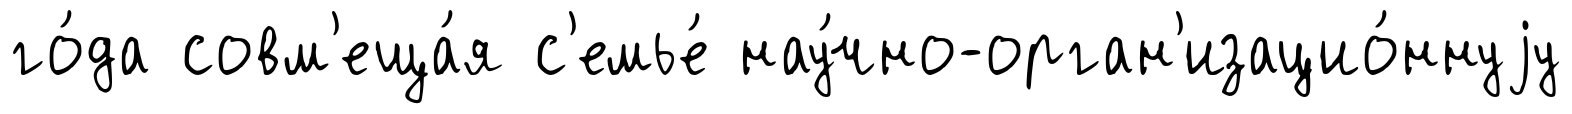
го́да совм'еща́я с'емье́ нау́чно-орган'изацио́ннуjу